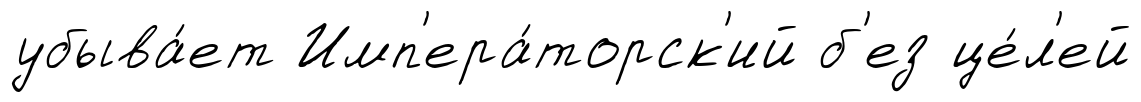
убыва́ет Имп'ера́торск'ий б'ез це́л'ей